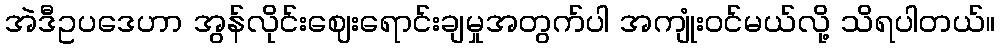
အဲဒီဥပဒေဟာ အွန်လိုင်းဈေးရောင်းချမှုအတွက်ပါ အကျုံးဝင်မယ်လို့ သိရပါတယ်။